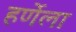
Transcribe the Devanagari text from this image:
हर्णेला